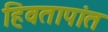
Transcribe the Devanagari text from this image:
हिवतापांत